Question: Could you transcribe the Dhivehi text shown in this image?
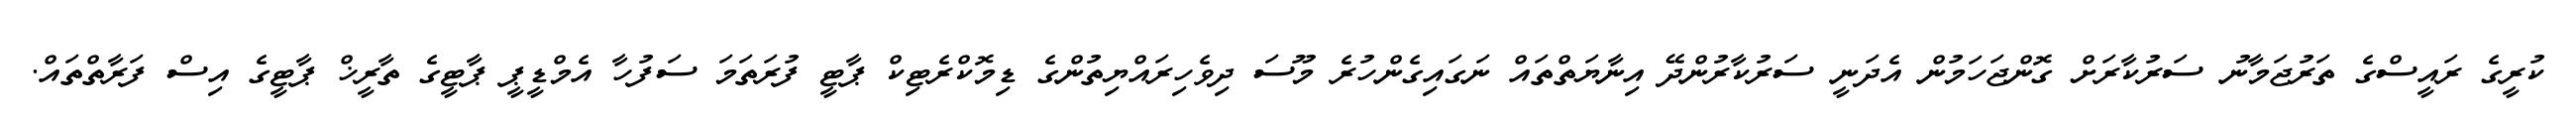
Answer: ކުރީގެ ރައީސްގެ ތަރުޖަމާނު ސަރުކާރަށް ގޮންޖަހަމުން އެދަނީ ސަރުކާރުންދޭ އިނާޔަތްތައް ނަގައިގެންހުރެ މޫސަ ދިވެހިރައްޔިތުންގެ ޑިމޮކްރެޓިކް ޕާޓީ ފުރަތަމަ ސަފުހާ އެމްޑީޕީ ޕާޓީގެ ތާރީޚް ޕާޓީގެ އިސް ފަރާތްތައް.